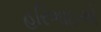
હરિભાઇએ